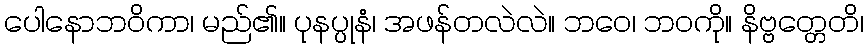
ပေါနောဘဝိကာ၊ မည်၏။ ပုနပ္ပုနံ၊ အဖန်တလဲလဲ။ ဘဝေ၊ ဘဝကို။ နိဗ္ဗတ္တေတိ၊